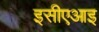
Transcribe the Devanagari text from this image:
इसीएआइ